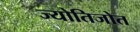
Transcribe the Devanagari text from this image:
ज्योतिजोत